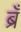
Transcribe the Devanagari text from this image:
ब्रँ